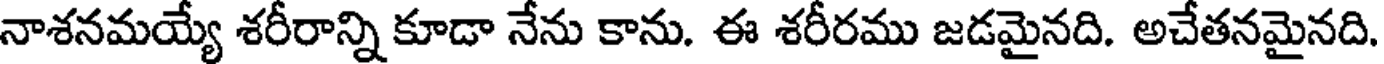
నాశనమయ్యే శరీరాన్ని కూడా నేను కాను. ఈ శరీరము జడమైనది. అచేతనమైనది